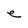
Character: e